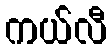
ကယ်လီ